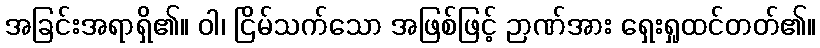
အခြင်းအရာရှိ၏။ ဝါ၊ ငြိမ်သက်သော အဖြစ်ဖြင့် ဉာဏ်အား ရှေးရှုထင်တတ်၏။